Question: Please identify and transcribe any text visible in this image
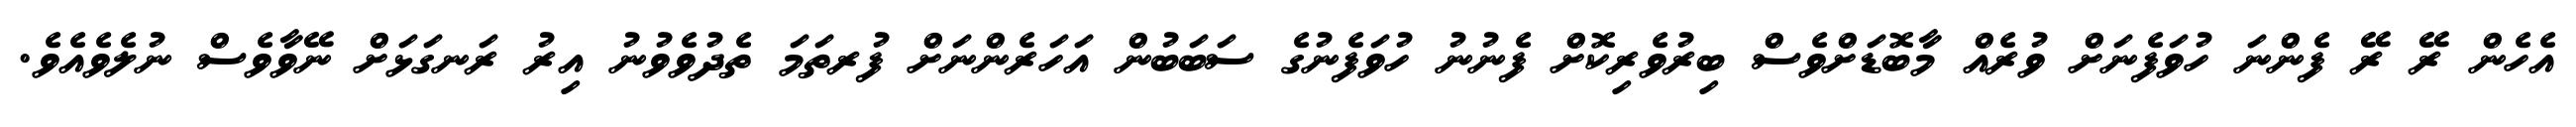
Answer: އެހެން ރޭ ރޭ ފެންނަ ހުވަފެނަށް ވުރެއް މާބޮޑަށްވެސް ބިރުވެރިކޮށް ފެނުނު ހުވަފެނުގެ ސަބަބުން އަހަރެންނަށް ފުރތަމަ ތެދުވެވުނު އިރު ރަނގަޅަށް ނޭވާވެސް ނުލެވެއެވެ.